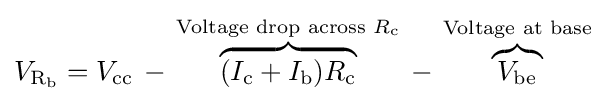
V_{{\text{R}}_{\text{b}}}=V_{\text{cc}}\,-\,{\mathord {\overbrace {(I_{\text{c}}+I_{\text{b}})R_{\text{c}}} ^{{\text{Voltage drop across }}R_{\text{c}}}}}\,-\,{\mathord {\overbrace {V_{\text{be}}} ^{\text{Voltage at base}}}}